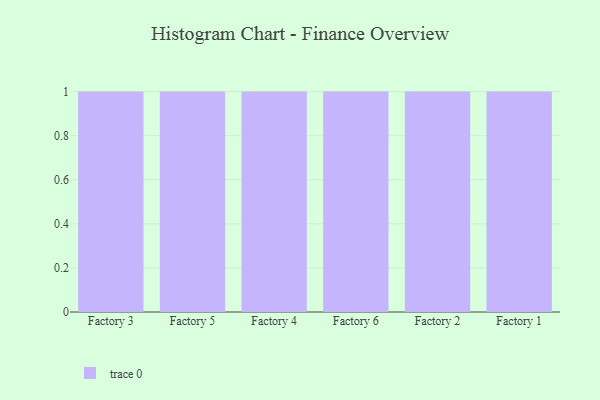
{"axis": {"x": "Factory", "y": "Active Users"}, "legend": [""], "data": [{"x": "Factory 3", "y": 29, "type": ""}, {"x": "Factory 5", "y": 26, "type": ""}, {"x": "Factory 4", "y": 19, "type": ""}, {"x": "Factory 6", "y": 6, "type": ""}, {"x": "Factory 2", "y": 60, "type": ""}, {"x": "Factory 1", "y": 15, "type": ""}]}